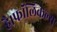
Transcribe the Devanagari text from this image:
है।फॉलिकल्स